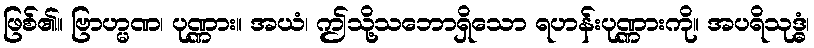
ဖြစ်၏။ ဗြာဟ္မဏ၊ ပုဏ္ဏား။ အယံ၊ ဤသို့သဘောရှိသော ရဟန်းပုဏ္ဏားကို။ အပရိသုဒ္ဓံ၊